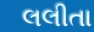
લલીતા